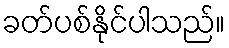
ခတ်ပစ်နိုင်ပါသည်။